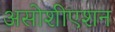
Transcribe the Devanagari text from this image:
असोशीएशन